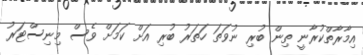
އިމާރާތްކުރާނީ ތިން ބުރި ނުވަތަ ހަތަރު ބުރި އަށް ކަމަށް ވެސް މިނިސްޓަރު